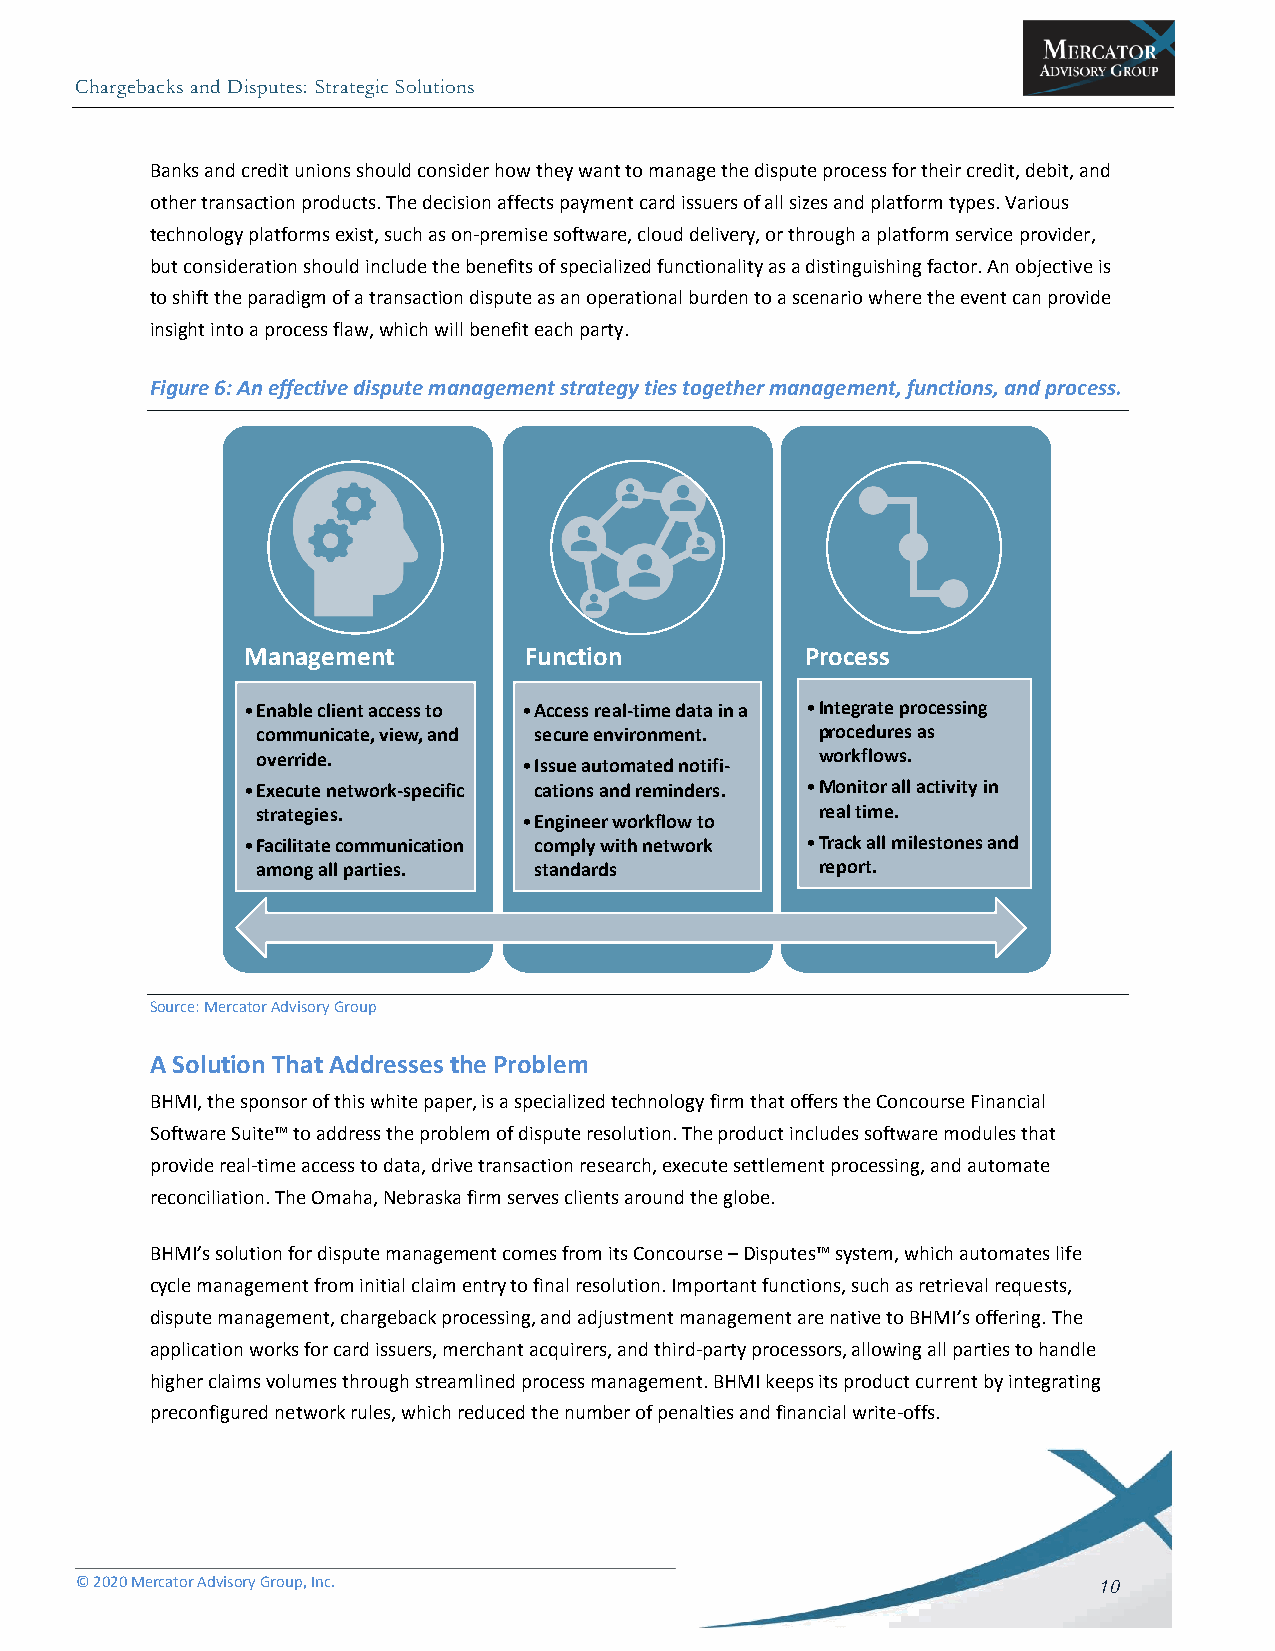
Chargebacks and Disputes: Strategic Solutions
 Banks and credit unions should consider how they want to manage the dispute process for their credit, debit, and
 other transaction products. The decision affects payment card issuers of all sizes and platform types. Various
 technology platforms exist, such as on-premise software, cloud delivery, or through a platform service provider,
 but consideration should include the benefits of specialized functionality as a distinguishing factor. An objective is
 to shift the paradigm of a transaction dispute as an operational burden to a scenario where the event can provide
 insight into a process flaw, which will benefit each party.
 Figure 6: An effective dispute management strategy ties together management, functions, and process.
 Management         Function          Process
 •Enable client access to •Access real-time data in a •Integrate processing
 communicate, view, and secure environment. procedures as
 override.                            workflows.
 •Issue automated notifi-
 •Execute network-specific cations and reminders. •Monitor all activity in
 strategies.                          real time.
 •Engineer workflow to
 •Facilitate communication comply with network •Track all milestones and
 among all parties. standards         report.
 Source: Mercator Advisory Group
 A Solution That Addresses the Problem
 BHMI, the sponsor of this white paper, is a specialized technology firm that offers the Concourse Financial
 Software Suite™ to address the problem of dispute resolution. The product includes software modules that
 provide real-time access to data, drive transaction research, execute settlement processing, and automate
 reconciliation. The Omaha, Nebraska firm serves clients around the globe.
 BHMI’s solution for dispute management comes from its Concourse – Disputes™ system, which automates life
 cycle management from initial claim entry to final resolution. Important functions, such as retrieval requests,
 dispute management, chargeback processing, and adjustment management are native to BHMI’s offering. The
 application works for card issuers, merchant acquirers, and third-party processors, allowing all parties to handle
 higher claims volumes through streamlined process management. BHMI keeps its product current by integrating
 preconfigured network rules, which reduced the number of penalties and financial write-offs.
 © 2020 Mercator Advisory Group, Inc.                                10